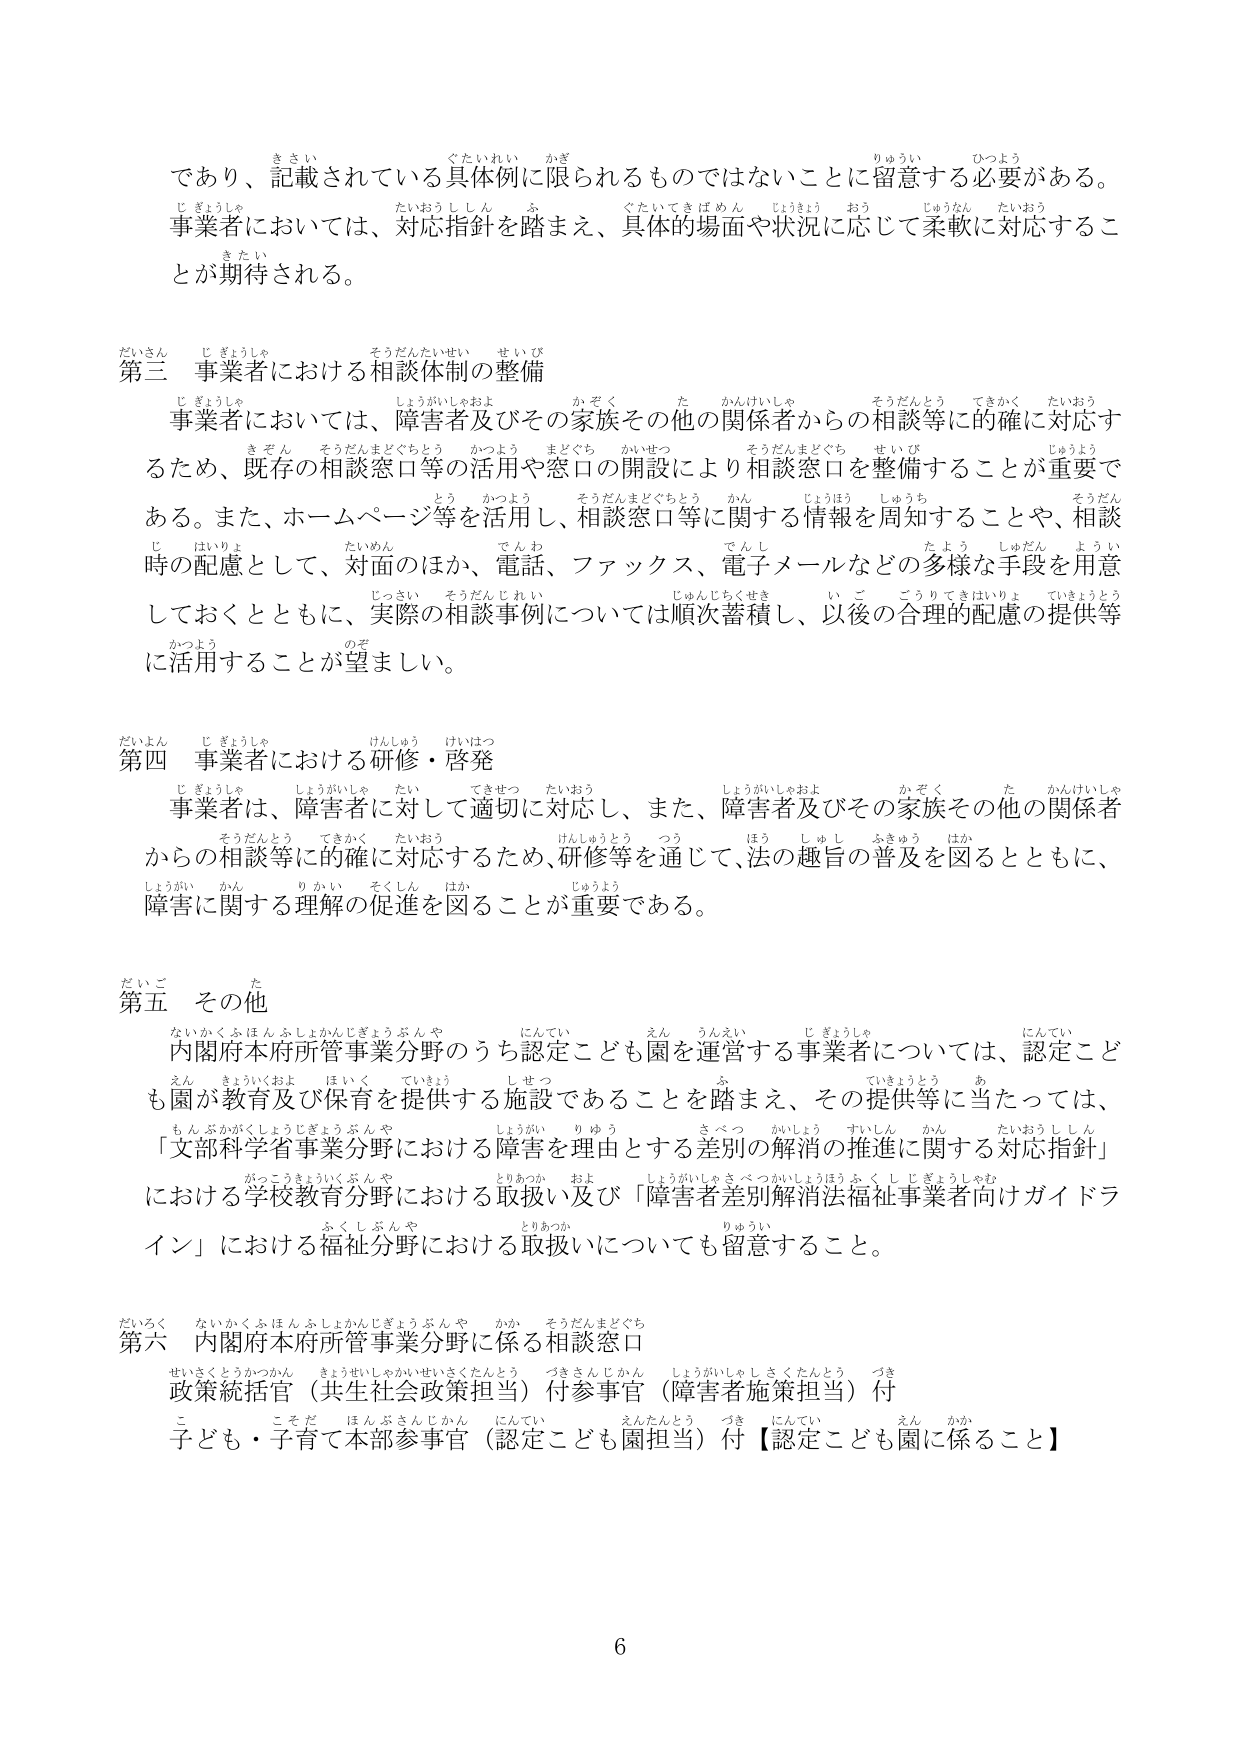
であり、記載されている具体例に限られるものではないことに留意する必要がある。
事業者においては、対応指針を踏まえ、具体的場面や状況に応じて柔軟に対応することが期待される。

第三 事業者における相談体制の整備
事業者においては、障害者及びその家族その他の関係者からの相談等に的確に対応するため、既存の相談窓口等の活用や窓口の開設により相談窓口を整備することが重要である。また、ホームページ等を活用し、相談窓口等に関する情報を周知することや、相談時の配慮として、対面のほか、電話、ファックス、電子メールなどの多様な手段を用意しておくとともに、実際の相談事例については順次蓄積し、以後の合理的配慮の提供等に活用することが望ましい。

第四 事業者における研修・啓発
事業者は、障害者に対して適切に対応し、また、障害者及びその家族その他の関係者からの相談等に的確に対応するため、研修等を通じて、法の趣旨の普及を図るとともに、障害に関する理解の促進を図ることが重要である。

第五 その他
内閣府本府所管事業分野のうち認定こども園を運営する事業者については、認定こども園が教育及び保育を提供する施設であることを踏まえ、その提供等に当たっては、「文部科学省事業分野における障害を理由とする差別の解消の推進に関する対応指針」における学校教育分野における取扱い及び「障害者差別解消法福祉事業者向けガイドライン」における福祉分野における取扱いについても留意すること。

第六 内閣府本府所管事業分野に係る相談窓口
政策統括官（共生社会政策担当）付参事官（障害者施策担当）付
子ども・子育て本部参事官（認定こども園担当）付【認定こども園に係ること】

6